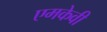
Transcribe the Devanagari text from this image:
एमकेवी